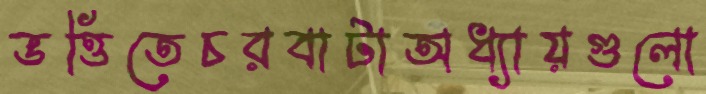
ভত্তিতেচরবাটাঅধ্যায়গুলো